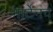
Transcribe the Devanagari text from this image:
मार्टेनव्